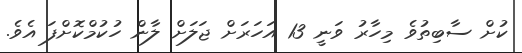
ކުށް ސާބިތުވެ މިހާރު ވަނީ 13 އަހަރަށް ޖަލަށް ލާން ހުކުމްކޮށްފަ އެވެ.